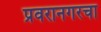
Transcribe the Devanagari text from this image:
प्रवरानगरचा